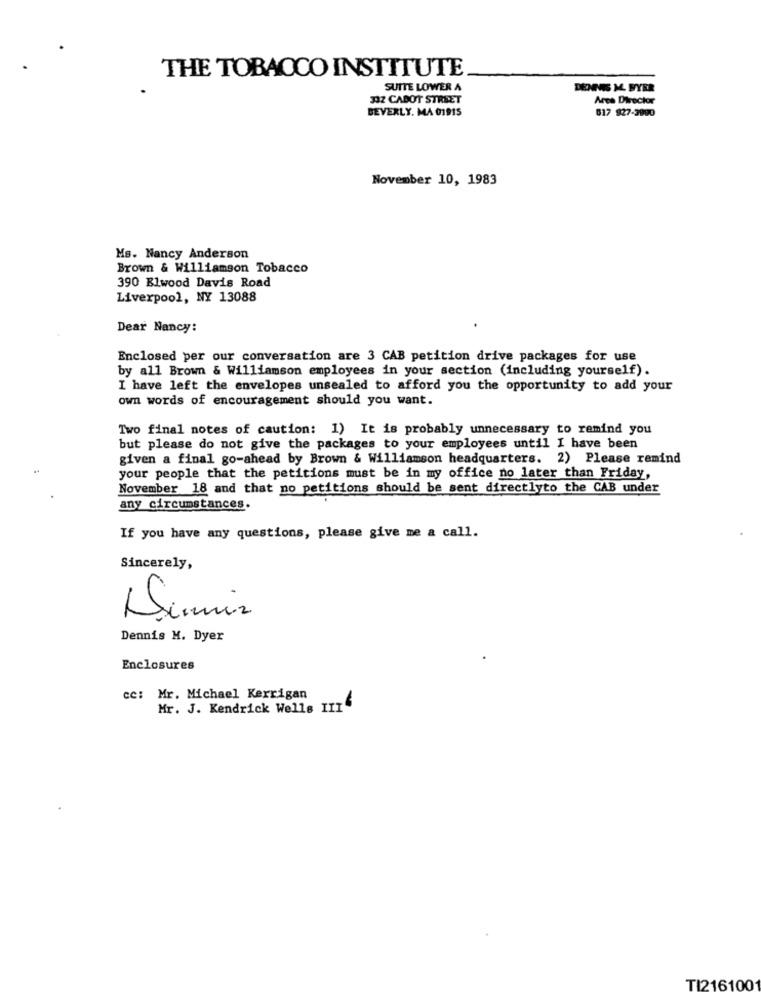
THE TOBACCO INSTITUTE
SUITE LOWER A
DENIS M. FYER
332 CABOT STREET
Area Director
BEVERLY. MA 01915
817 927-3990
November 10, 1983
Ms. Nancy Anderson
Brown & Williamson Tobacco
390 Elwood Davis Road
Liverpool, NY 13088
Dear Nancy:
Enclosed per our conversation are 3 CAB petition drive packages for use
by all Brown & Williamson employees in your section (including yourself).
I have left the envelopes unsealed to afford you the opportunity to add your
own words of encouragement should you want.
Two final notes of caution: 1) It is probably unnecessary to remind you
but please do not give the packages to your employees until I have been
given a final go-ahead by Brown & Williamson headquarters. 2) Please remind
your people that the petitions must be in my office no later than Friday,
November 18 and that no petitions should be sent directlyto the CAB under
any circumstances.
If you have any questions, please give me a call.
Sincerely,
Dumir
Dennis M. Dyer
Enclosures
cc: Mr. Michael Kerrigan
Mr. J. Kendrick Wells III
TI216100